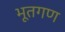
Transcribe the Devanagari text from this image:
भूतगण